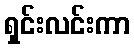
ရှင်းလင်းကာ